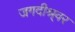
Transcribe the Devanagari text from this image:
जगदीश्र्वर